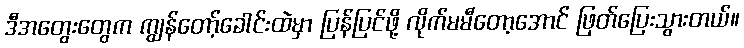
ဒီအတွေးတွေက ကျွန်တော့်ခေါင်းထဲမှာ ပြန်ပြင်ဖို့ လိုက်မမီတော့အောင် ဖြတ်ပြေးသွားတယ်။